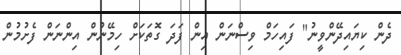
ދެން ކިޔައިދޭންވީނު" ފައިހަމް ވިސްނަން އިން ފަދަ ގޮތަކަށް ހިމޭނުން އިންނަން ފެށުމުން